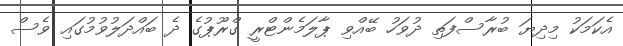
އެކަމަކު މިދިޔަ ބުރާސްފަތި ދުވަހު ބޭއްވި ޕާލަމެންޓްރީ ގްރޫޕުގެ ދެ ބައްދަލުވުމުގައި ވެސް